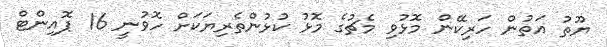
ޔޫތު އަތުން ހަރިކޭން މޮޅުވި މެޗުގެ މޮޅު ކުޅުންތެރިޔަކަށް ހޮވުނީ 16 ޕޮއިންޓް